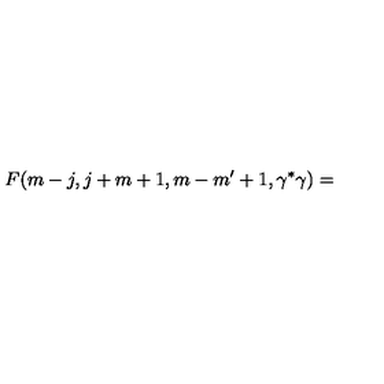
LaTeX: F ( m - j , j + m + 1 , m - m ^ { \prime } + 1 , \gamma ^ { * } \gamma ) =